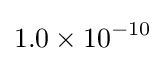
1.0\times 10^{-10}